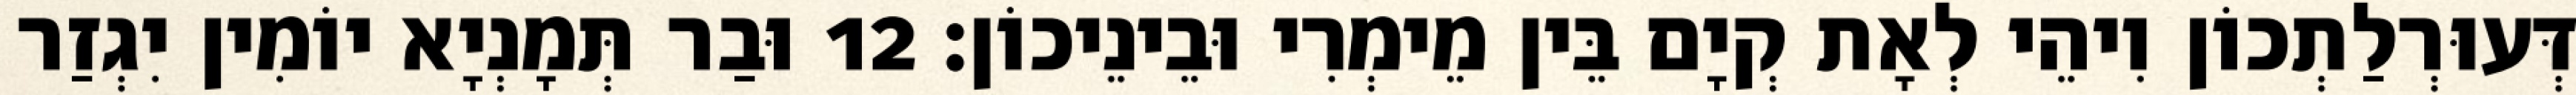
דְּעוּרְלַתְכוֹן וִיהֵי לְאָת קְיָם בֵּין מֵימְרִי וּבֵינֵיכוֹן׃ 12 וּבַר תְּמָנְיָא יוֹמִין יִגְזַר